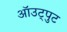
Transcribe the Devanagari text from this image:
ऑउट्पुट